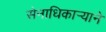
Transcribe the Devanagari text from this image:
सेनाधिकार्‍याने